Lunatic asylums United Prov. 1922-30 - 1922-1930
Year: 1922
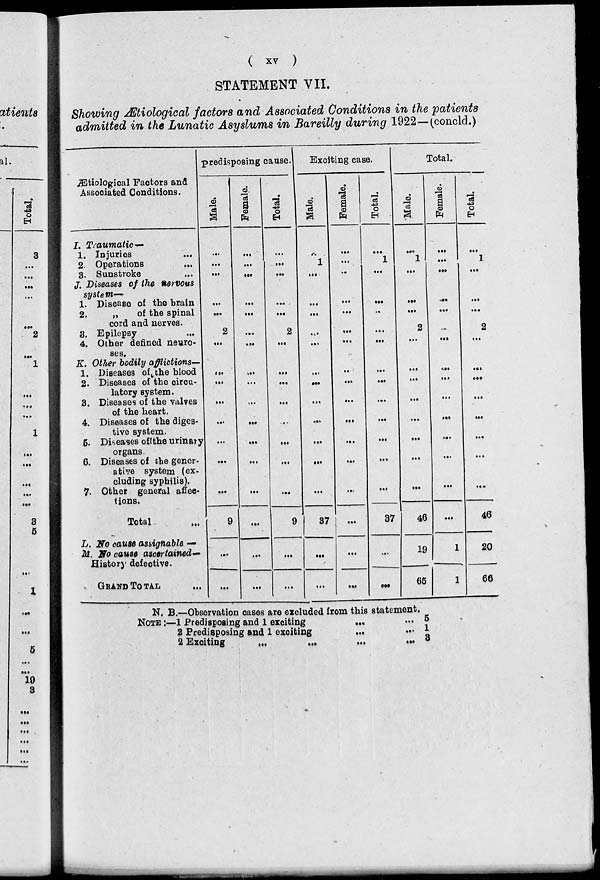
( xv )
STATEMENT VII.
Showing Ætiological factors and Associated Conditions in the patients
admitted in the Lunatic Asyslums in Bareilly during 1922—(concld.)
Ætiological Factors and
Associated Conditions.
I. Traumatic–
1. Injuries ...
2. Operations ...
3. Sunstroke ...
J. Diseases of the nervous
system—
1. Disease of the brain
2.
„
of the spinal
cord and nerves.
3. Epilepsy ...
4. Other defined neuro-
ses.
K. Other bodily afflictions—
1. Diseases of the blood
2. Diseases of the circu-
latory system.
3. Diseases of the valves
of the heart.
4. Diseases of the diges-
tive system.
5. Diseases of the urinary
organs.
6. Diseases of the gener-
ative system (ex-
cluding syphilis).
7. Other general affec-
tions.
Total ...
L. No cause assignable —
M. No cause ascertained—
History defeotive.
GRAND TOTAL ... ...
predisposing cause.
Male.
...
...
...
...
...
...
2
...
...
...
...
...
...
...
...
9
...
...
Female.
...
...
...
...
...
...
...
...
...
...
...
...
...
...
...
...
...
...
Total.
...
...
...
...
...
...
2
...
...
...
...
...
...
...
...
9
...
...
Exciting case.
Male.
...
1
...
...
...
...
...
...
...
...
...
...
...
...
...
37
...
...
Female.
...
...
...
...
...
...
...
...
...
...
...
...
...
...
...
...
...
...
Total.
...
1
...
...
...
...
...
...
...
...
...
...
...
...
...
37
...
...
Total.
Male.
...
1
...
...
...
...
2
...
...
...
...
...
...
...
...
46
19
65
Female.
...
...
...
...
...
...
...
...
...
...
...
...
...
...
...
...
1
1
Total.
...
1
...
...
...
...
2
...
...
...
...
...
...
...
...
46
20
66
N. B.—Observation cases are excluded from this statement.
NOTE:— 1 Predisposing and 1 exciting
...
...
2 Predisposing and 1 exciting ... ...
2 Exciting
...
...
...
...
5
1
3